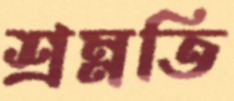
শ্রম্নতি